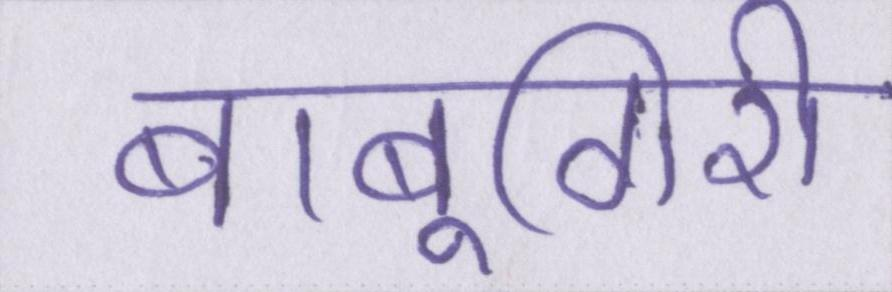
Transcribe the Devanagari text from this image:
बाबूगिरी